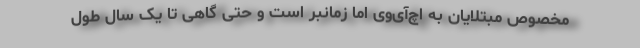
مخصوص مبتلایان به اچ‌آی‌وی اما زمانبر است و حتی گاهی تا یک‌ سال طول